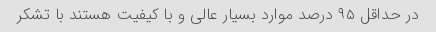
در حداقل ۹۵ درصد موارد بسیار عالی و با کیفیت هستند با تشکر